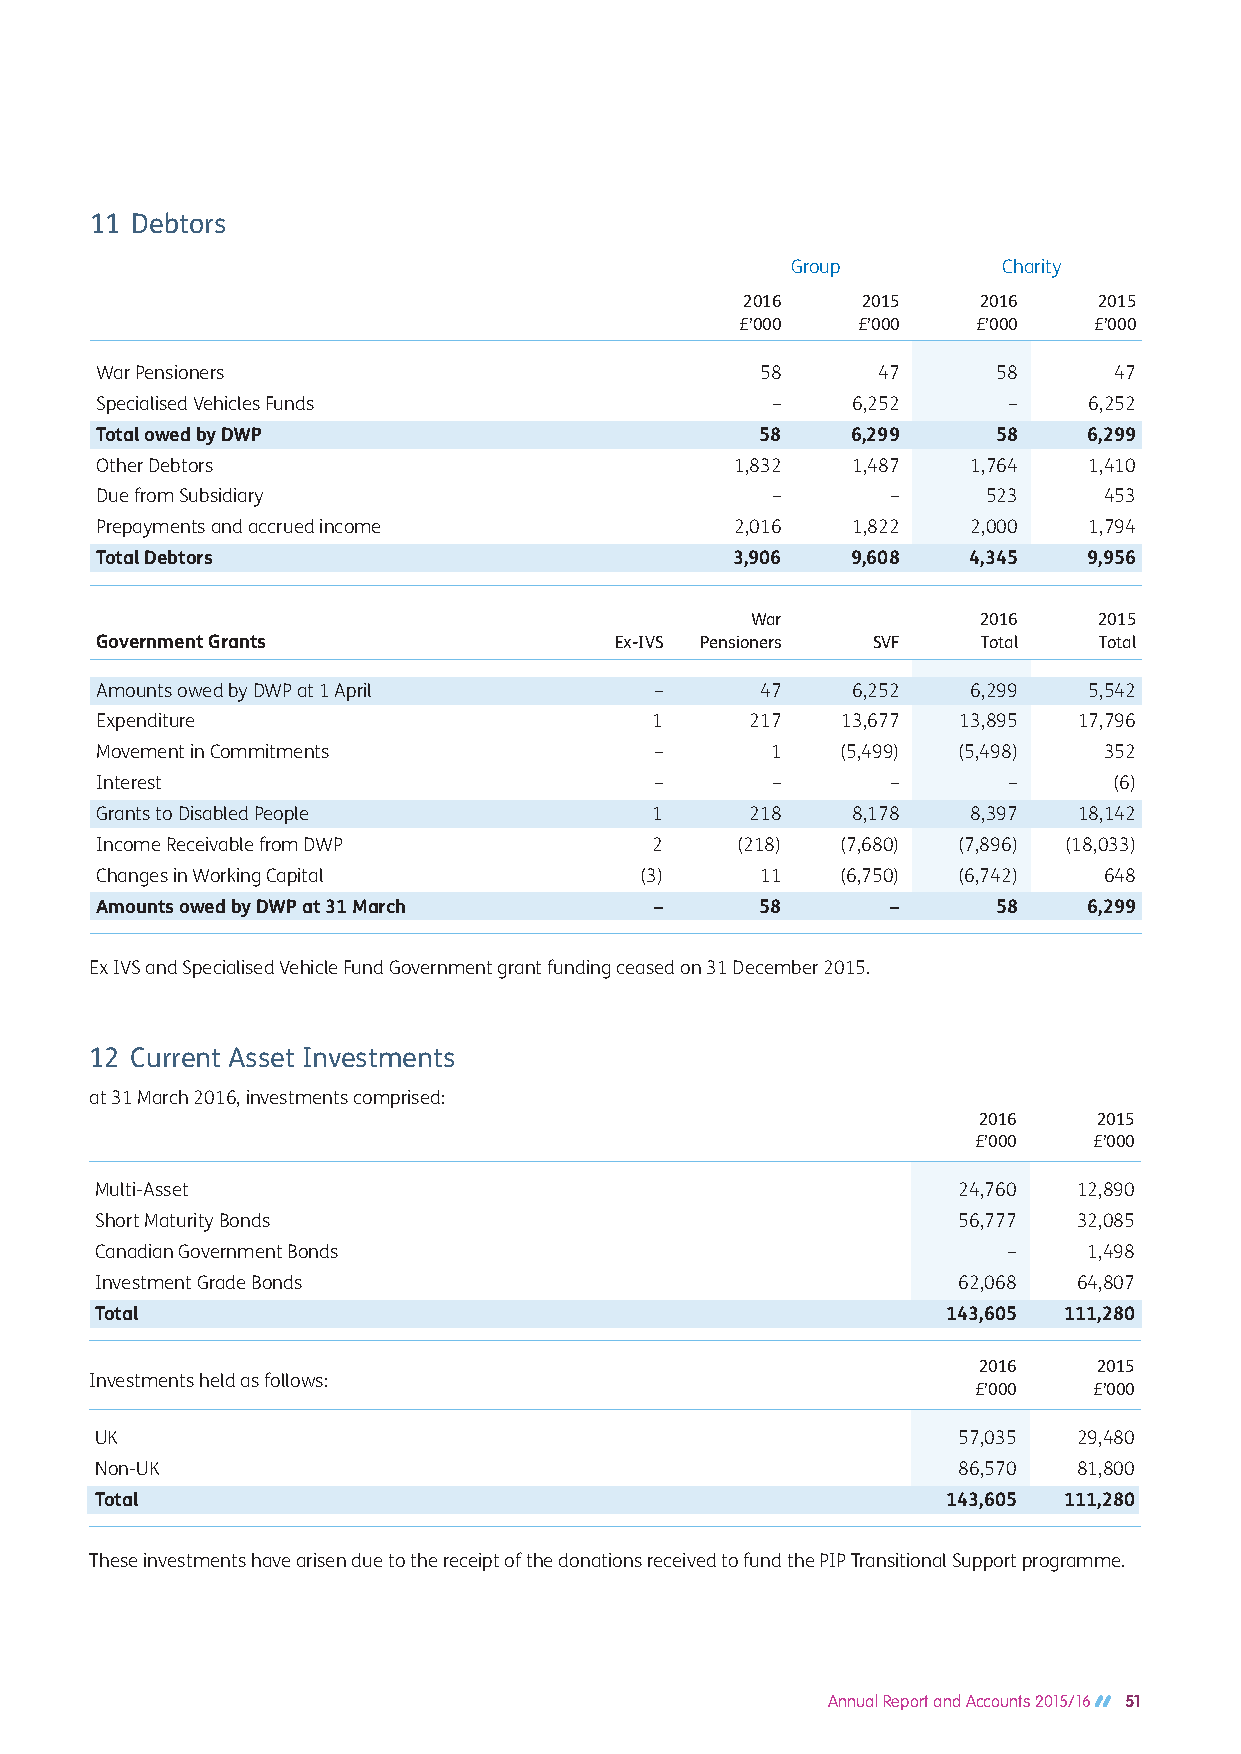
11 Debtors
 Group         Charity
 2016    2015    2016    2015
 £’000   £’000   £’000  £’000
 War Pensioners                              58      47      58      47
 Specialised Vehicles Funds                   –    6,252      –    6,252
 Total owed by DWP                           58    6,299     58    6,299
 Other Debtors                              1,832  1,487   1,764   1,410
 Due from Subsidiary                          –       –     523     453
 Prepayments and accrued income             2,016  1,822   2,000   1,794
 Total Debtors                             3,906   9,608   4,345   9,956
 War            2016    2015
 Government Grants                  Ex-IVS Pensioners SVF   Total   Total
 Amounts owed by DWP at 1 April       –      47    6,252   6,299   5,542
 Expenditure                          1      217   13,677 13,895  17,796
 Movement in Commitments              –       1    (5,499) (5,498)  352
 Interest                             –       –       –       –      (6)
 Grants to Disabled People            1      218   8,178   8,397  18,142
 Income Receivable from DWP           2     (218)  (7,680) (7,896) (18,033)
 Changes in Working Capital          (3)     11    (6,750) (6,742)  648
 Amounts owed by DWP at 31 March      –      58       –      58    6,299
 Ex IVS and Specialised Vehicle Fund Government grant funding ceased on 31 December 2015.
 12 Current Asset Investments
 at 31 March 2016, investments comprised:
 2016    2015
 £’000   £’000
 Multi-Asset                                              24,760  12,890
 Short Maturity Bonds                                     56,777  32,085
 Canadian Government Bonds                                    –    1,498
 Investment Grade Bonds                                   62,068  64,807
 Total                                                    143,605 111,280
 2016    2015
 Investments held as follows:
 £’000   £’000
 UK                                                       57,035  29,480
 Non-UK                                                   86,570  81,800
 Total                                                    143,605 111,280
 These investments have arisen due to the receipt of the donations received to fund the PIP Transitional Support programme.
 Annual Report and Accounts 2015/16 51